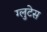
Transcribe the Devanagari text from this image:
ग्लुटेस